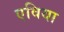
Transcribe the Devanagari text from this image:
एविया